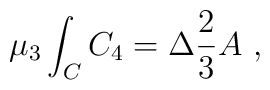
\mu_3 \int_{C} C_4 = \Delta \frac{2}{3} A \ ,